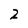
Character: 2